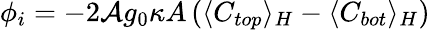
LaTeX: \phi_{i}=-2\mathcal{A}g_{0}\kappa A\left(\langle C_{top}\rangle_{H}-\langle C_{bot}\rangle_{H}\right)